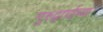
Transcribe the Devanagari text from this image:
गुरुद्वार्याच्या